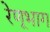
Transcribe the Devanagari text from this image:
रेणूभाग